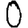
Digit: 0